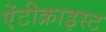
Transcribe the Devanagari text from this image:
ऐंटीक्राइस्ट